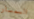
السمسار